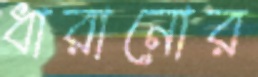
ধারানোর